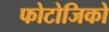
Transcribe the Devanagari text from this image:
फोटोजिको